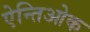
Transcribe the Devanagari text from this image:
ऐन्तिओक